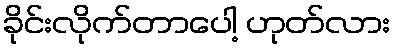
ခိုင်းလိုက်တာပေါ့ ဟုတ်လား